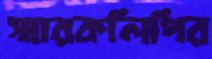
স্মারকলিপির